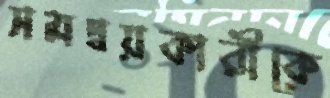
সমন্বয়কারীকে